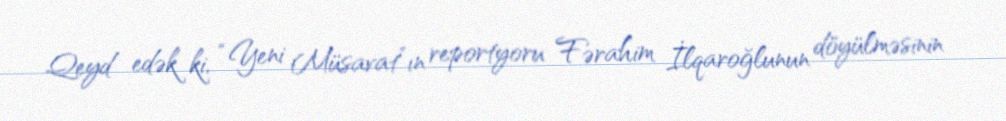
Qeyd edək ki, “Yeni Müsavat”ın reportyoru Fərahim İlqaroğlunun döyülməsinin